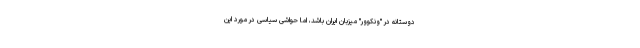
دوستانه در "ونکوور" میزبان ایران باشد، اما حواشی سیاسی در مورد این